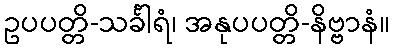
ဥပပတ္တိ-သင်္ခါရံ၊ အနုပပတ္တိ-နိဗ္ဗာနံ။